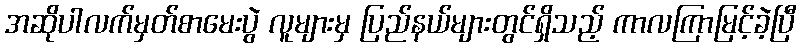
အဆိုပါလက်မှတ်စာမေးပွဲ လူများမှ ပြည်နယ်များတွင်ရှိသည့် ကာလကြာမြင့်ခဲ့ပြီ